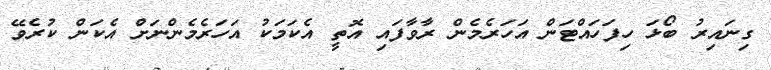
ގިނައިރު ބޯޅަ ހިފަހައްޓަން އަހަރެމެން ރާވާފައި އޮތީ އެކަމަކު އަހަރެމެންނަށް އެކަން ކުރެވޭ